Document type: Sale
Year: 1323
Scribe: Guillem Coscoll
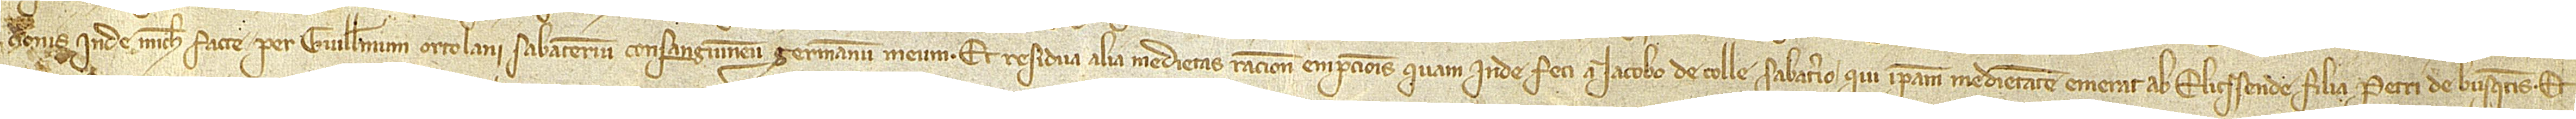
cionis inde michi facte per Guillelmum Ortolani, sabaterium, consanguineum germanum meum, et residua alia medietas ratione empcionis quam inde feci a Iacobo de Colle, sabaterio, qui ipsam medietatem emerat ab Elicsende, filia Petri de Busquetis. Et